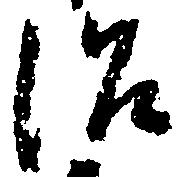
沼